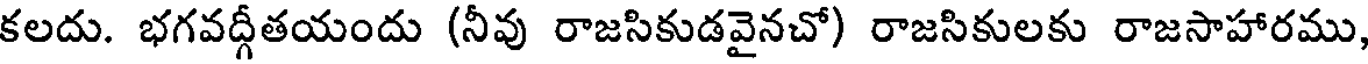
కలదు. భగవద్గీతయందు (నీవు రాజసికుడవైనచో) రాజసికులకు రాజసాహారము,